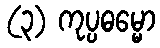
(၃) ကုပ္ပဓမ္မော